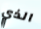
الذي